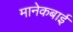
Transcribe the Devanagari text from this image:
मानेकबाई